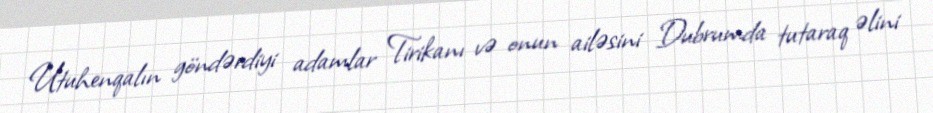
Utuhenqalın göndərdiyi adamlar Tirikanı və onun ailəsini Dubrumda tutaraq əlini